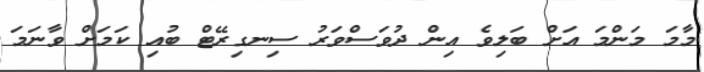
މާމަ މަންމަ އަށް ބަލިވެ އިން ދުވަސްވަރު ސިނގިރޭޓް ބުއި ކަމަށް ވާނަމަ